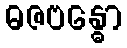
ဓဇဗန္ဓော